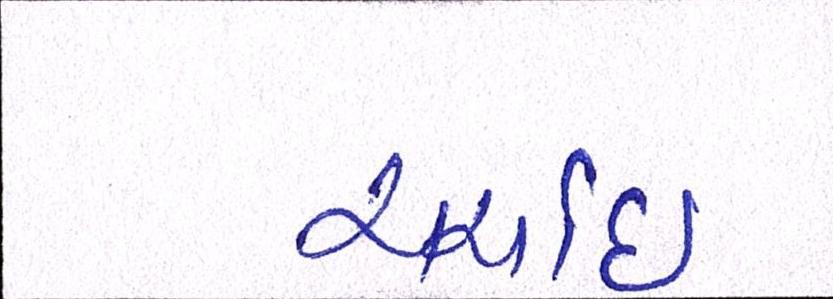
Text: ચર્ચાઈ